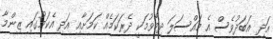
އަދި އަބަދުވެސް އެ މައްސަލަ ދިމާވުމަކީ ދެރަކަމެއް ކަމަށާއި އަދި އެކަމުގައި ޒިންމާ